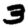
Digit: 3